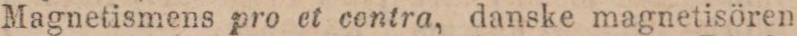
Magnetismens pro et contra, danske magnetisören